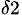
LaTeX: _{\delta 2}